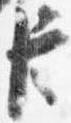
臣